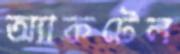
অ্যাকটেল